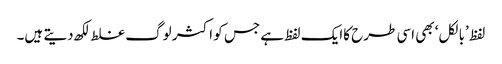
لفظ ’بالکل‘ بھی اسی طرح کاایک لفظ ہے جس کو اکثر لوگ غلط لکھ دیتے ہیں۔